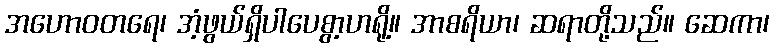
အဟောဝတရေ၊ အံ့ဖွယ်ရှိပါပေစွာ့ဟရို့။ အာစရိယာ၊ ဆရာတို့သည်။ ဆေကာ၊